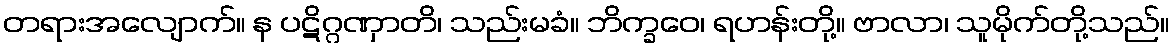
တရားအလျောက်။ န ပဋိဂ္ဂဏှာတိ၊ သည်းမခံ။ ဘိက္ခဝေ၊ ရဟန်းတို့။ ဗာလာ၊ သူမိုက်တို့သည်။